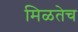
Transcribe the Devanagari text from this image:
मिळतेच